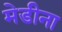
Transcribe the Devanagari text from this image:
मेडीना